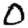
Digit: 0